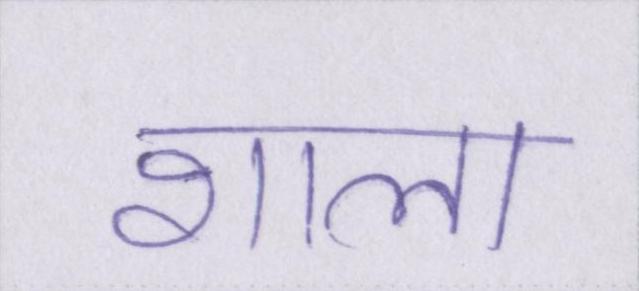
शाला